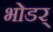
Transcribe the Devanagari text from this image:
भोडर्